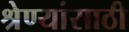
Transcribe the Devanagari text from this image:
श्रेण्यांसाठी